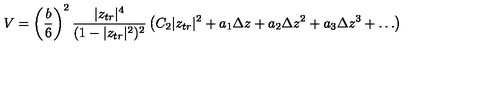
V = \left( \frac { b } { 6 } \right) ^ { 2 } \frac { | z _ { t r } | ^ { 4 } } { ( 1 - | z _ { t r } | ^ { 2 } ) ^ { 2 } } \left( C _ { 2 } | z _ { t r } | ^ { 2 } + a _ { 1 } \Delta z + a _ { 2 } \Delta z ^ { 2 } + a _ { 3 } \Delta z ^ { 3 } + \ldots \right)